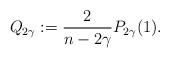
LaTeX: \begin{align*}Q_{2\gamma} := \frac{2}{n-2\gamma}P_{2\gamma}(1) .\end{align*}